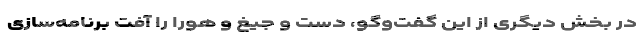
در بخش دیگری از این گفت‌وگو، دست و جیغ و هورا را آفتِ برنامه‌سازی